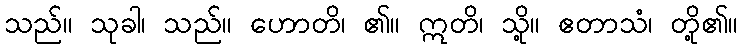
သည်။ သုခါ၊ သည်။ ဟောတိ၊ ၏။ ဣတိ၊ သို့။ ဧတာသံ၊ တို့၏။